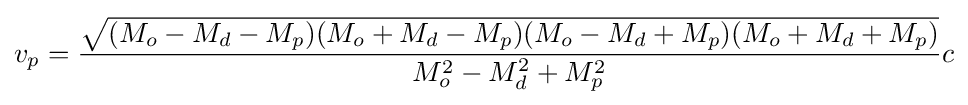
v_{p}={\frac {\sqrt {(M_{o}-M_{d}-M_{p})(M_{o}+M_{d}-M_{p})(M_{o}-M_{d}+M_{p})(M_{o}+M_{d}+M_{p})}}{M_{o}^{2}-M_{d}^{2}+M_{p}^{2}}}c